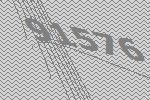
91576